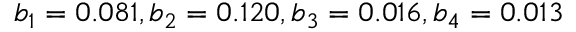
b _ { 1 } = 0 . 0 8 1 , b _ { 2 } = 0 . 1 2 0 , b _ { 3 } = 0 . 0 1 6 , b _ { 4 } = 0 . 0 1 3